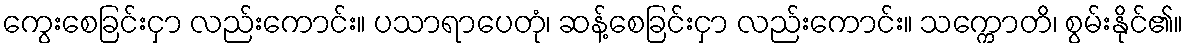
ကွေးစေခြင်းငှာ လည်းကောင်း။ ပသာရာပေတုံ၊ ဆန့်စေခြင်းငှာ လည်းကောင်း။ သက္ကောတိ၊ စွမ်းနိုင်၏။